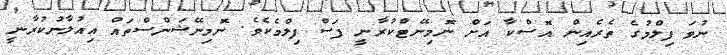
ނުވަ ފިލްމުގެ ތެރެއިން އޮސްކާ އަށް ނޮމިނޭޓްކުރާނީ ފަސް ފިލްމެކެވެ. ނޮމިނޭޝަންސްތައް އިއުލާނުކުރާނީ